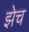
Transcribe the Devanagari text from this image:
झेच